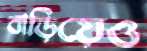
বাড়িয়েও